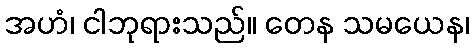
အဟံ၊ ငါဘုရားသည်။ တေန သမယေန၊